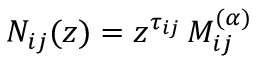
N _ { i j } ( z ) = z ^ { \tau _ { i j } } \, M _ { i j } ^ { ( \alpha ) }